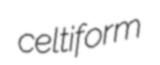
celtiform